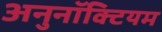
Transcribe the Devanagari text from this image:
अनुनॉक्टियम